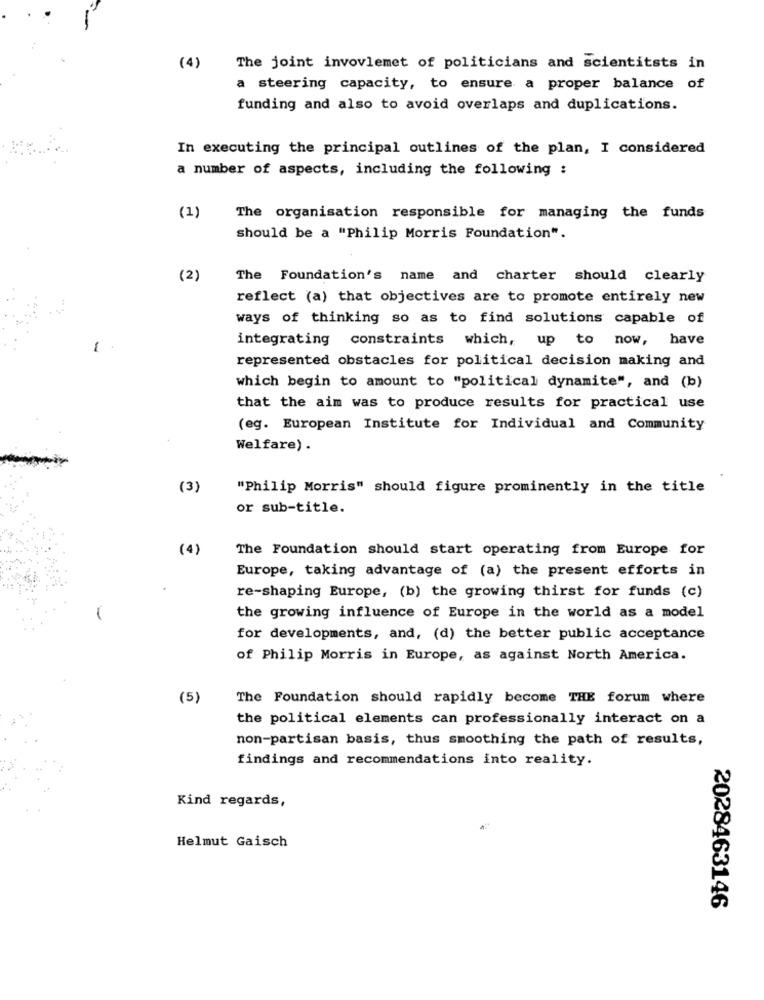
(4)
The joint invovlemet of politicians and scientists in
a steering capacity, to ensure a proper balance of
funding and also to avoid overlaps and duplications.
In executing the principal outlines of the plan, I considered
a number of aspects, including the following :
(1)
The organisation responsible for managing the funds
should be a "Philip Morris Foundation".
(2)
The Foundation's name and charter should clearly
reflect (a) that objectives are to promote entirely new
ways of thinking so as to find solutions capable of
integrating constraints which, up to now, have
-
represented obstacles for political decision making and
which begin to amount to "political dynamite", and (b)
that the aim was to produce results for practical use
(eg. European Institute for Individual and Community
Welfare) .
(3)
"Philip Morris" should figure prominently in the title
or sub-title.
(4)
The Foundation should start operating from Europe for
Europe, taking advantage of (a) the present efforts in
re-shaping Europe, (b) the growing thirst for funds (c)
the growing influence of Europe in the world as a model
for developments, and, (d) the better public acceptance
of Philip Morris in Europe, as against North America.
(5)
The Foundation should rapidly become THE forum where
the political elements can professionally interact on a
non-partisan basis, thus smoothing the path of results,
findings and recommendations into reality.
Kind regards,
Helmut Gaisch
2028463146